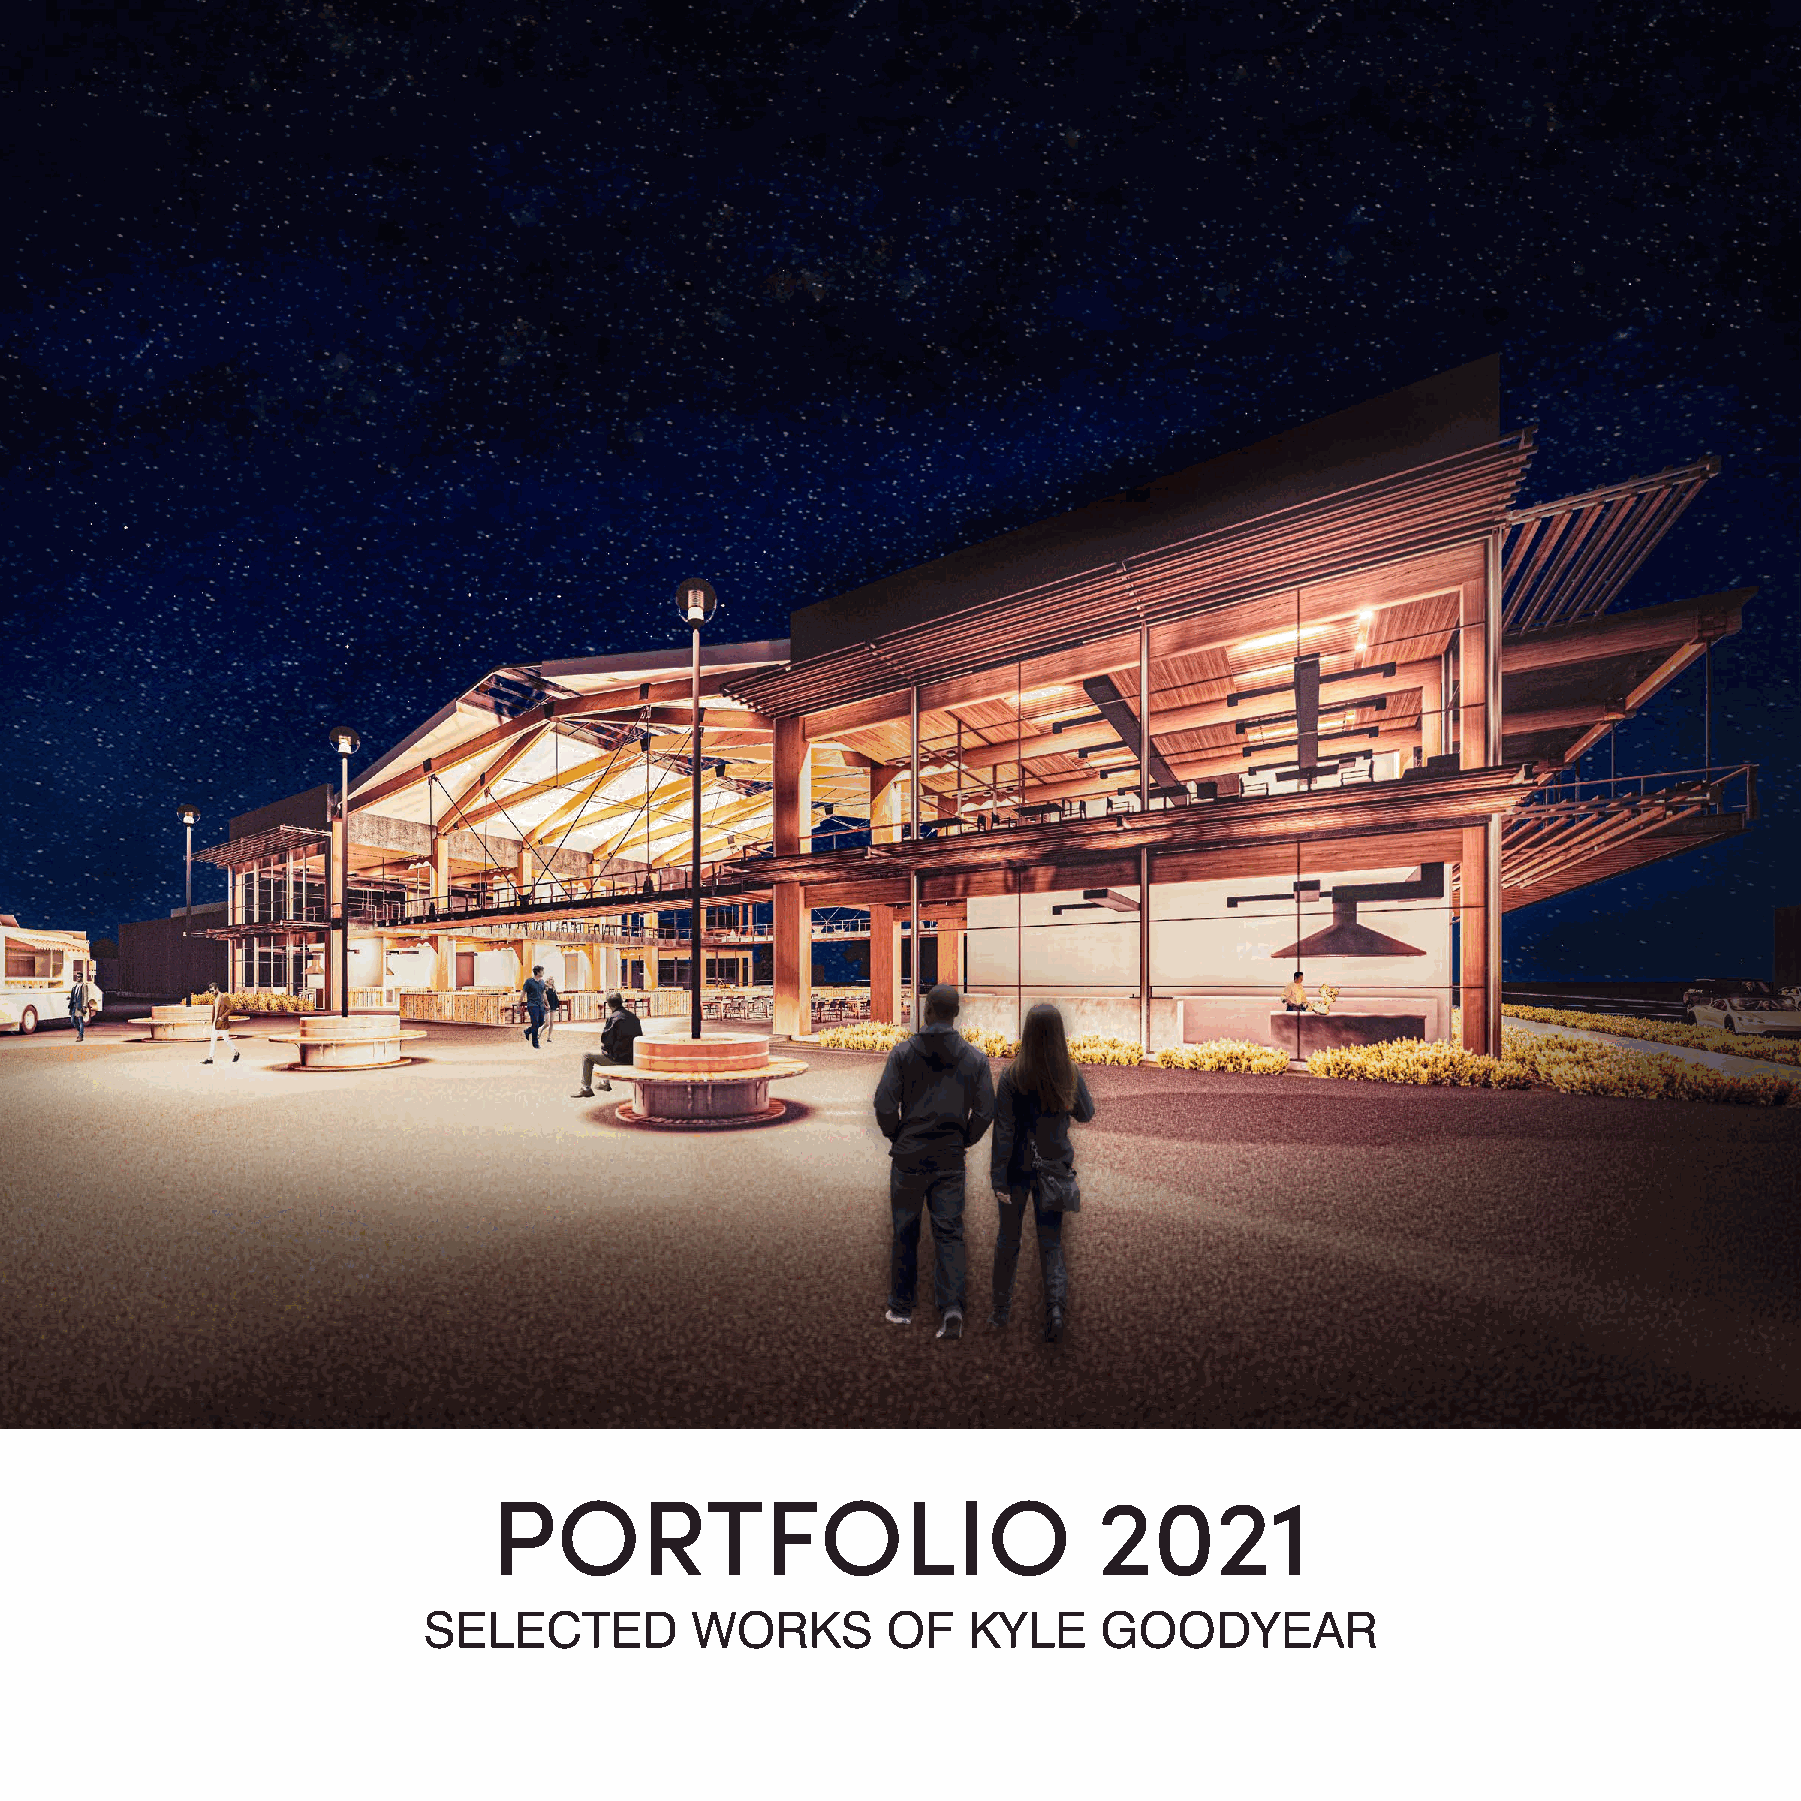
PORTFOLIO                               2021
 SELECTED          WORKS        OF   KYLE     GOODYEAR